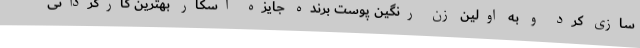
سازی کرد و به اولین زن رنگین پوست برنده جایزه اسکار بهترین کارگردانی